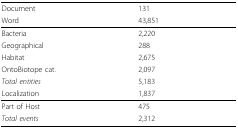
<table><thead><tr><td><b>Document</b></td><td><b>131</b></td></tr><tr><td><b>Word</b></td><td><b>43,851</b></td></tr></thead><tbody><tr><td>Bacteria</td><td>2,220</td></tr><tr><td>Geographical</td><td>288</td></tr><tr><td>Habitat</td><td>2,675</td></tr><tr><td>OntoBiotope cat.</td><td>2,097</td></tr><tr><td><i>Total entities</i></td><td>5,183</td></tr><tr><td>Localization</td><td>1,837</td></tr><tr><td>Part of Host</td><td>475</td></tr><tr><td><i>Total events</i></td><td>2,312</td></tr></tbody></table>